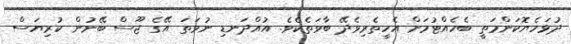
ދުޅަހެޔޮކަންމަތީ ބެހެއްޓުމަށް އެހީތެރިވެދޭ ބާވަތެކެވެ. އުއްދަނޑި ނުވަތަ އޭގެ ޖޫސް ބޭނުން ކުރިޔަސް